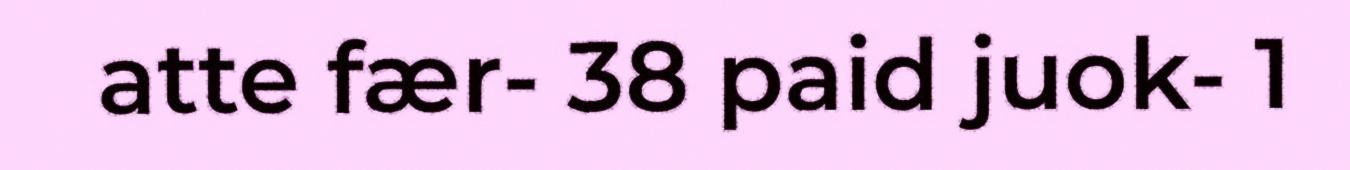
atte fær- 38 paid juok- 1